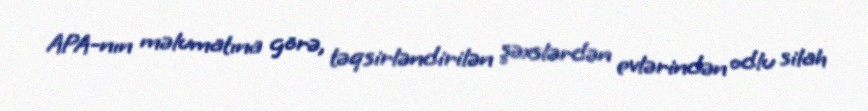
APA-nın məlumatına görə, təqsirləndirilən şəxslərdən evlərindən odlu silah